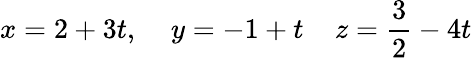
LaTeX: x=2+3t,\; \; \; \; y=-1+t\; \; \; \; z={\frac{3}{2}}-4t